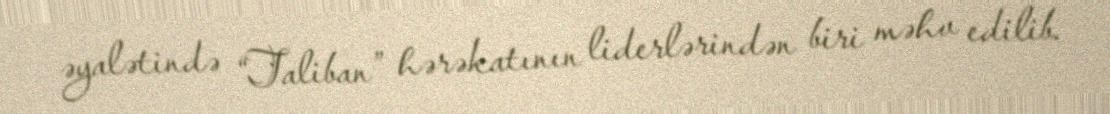
əyalətində “Taliban” hərəkatının liderlərindən biri məhv edilib.